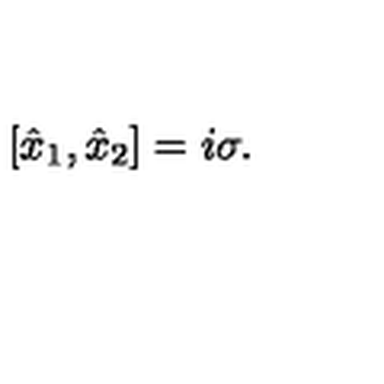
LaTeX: [ \hat { x } _ { 1 } , \hat { x } _ { 2 } ] = i \sigma .